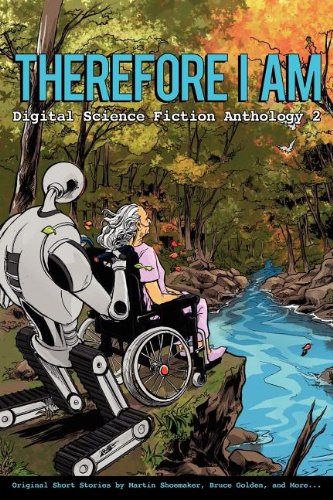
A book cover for Therefore I Am - Digital Science Fiction Anthology 2; Tomas L Martin; Science Fiction & Fantasy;